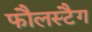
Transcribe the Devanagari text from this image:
फौलस्टैग